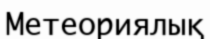
Метеориялық